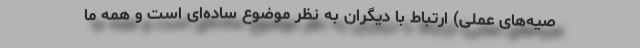
صیه‌های عملی) ارتباط با دیگران به نظر موضوع ساده‌ای است و همه‌ ما